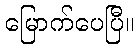
မြောက်ပေပြီ။